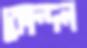
কোন্দল